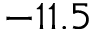
- 1 1 . 5